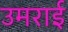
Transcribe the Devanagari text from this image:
उमराई